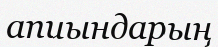
апиындарың